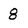
Character: 8